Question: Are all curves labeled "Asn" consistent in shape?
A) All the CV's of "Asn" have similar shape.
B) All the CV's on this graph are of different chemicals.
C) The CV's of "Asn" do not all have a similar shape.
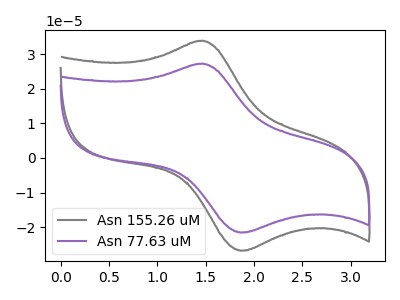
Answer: <think>The gray curve "Asn 155.26 uM" has an anodic peak at (1.45V, 33.95uA) and a cathodic peak at (1.85V, -26.85uA). The purple curve "Asn 77.63 uM" has an anodic peak at (1.45V, 27.30uA) and a cathodic peak at (1.85V, -21.60uA).
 All the peaks in "Asn 155.26 uM" have a peak in "Asn 77.63 uM" at the same potential. Every peak in "Asn 155.26 uM" is higher than every peak in "Asn 77.63 uM".</think>
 <answer>A) All the CV's of "Asn" have similar shape.</answer>
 <eval>A</eval>